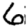
Digit: 6